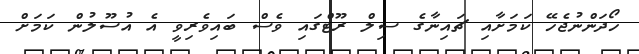
ހޯދަންނުޖެހޭ ކަމަށާއި ޗައިނާގެ ސިލް ރޫޓްގައި ވެސް ބައިވެރިވީ އެ އުސޫލުން ކަމަށް